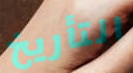
التأريخ